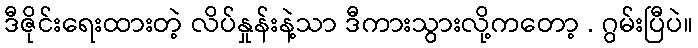
ဒီဇိုင်းရေးထားတဲ့ လိပ်နှုန်းနဲ့သာ ဒီကားသွားလို့ကတော့ . ဂွမ်းပြီပဲ။